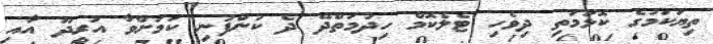
ތިޔަކަމުގެ ކޮޅުމަތި ދިވެހި ޓެލެކޮމް ހިދުމަތްދޭ ދެ ކުންފުނި ކަމަށްވާ އުރީދޫ އާއި